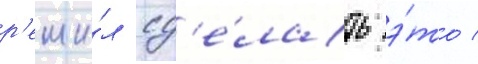
р'еши́л сд'е́лать э́то /